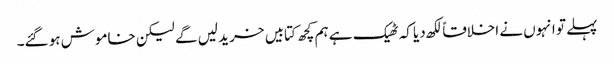
پہلے تو انہوں نے اخلاقاً لکھ دیا کہ ٹھیک ہے ہم کچھ کتابیں خرید لیں گے لیکن خاموش ہو گئے۔